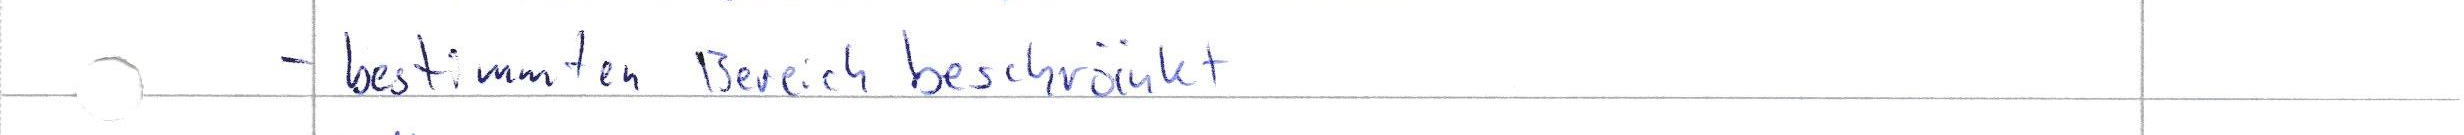
- bestimmten Bereich beschränkt